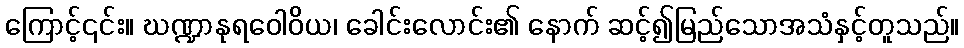
ကြောင့်၎င်း။ ဃဏ္ဍာနုရဝေါဝိယ၊ ခေါင်းလောင်း၏ နောက် ဆင့်၍မြည်သောအသံနှင့်တူသည်။